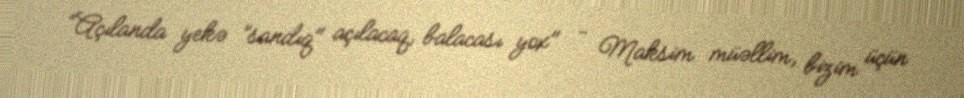
“Açılanda yekə ”sandıq" açılacaq, balacası yox" - Maksim müəllim, bizim üçün